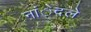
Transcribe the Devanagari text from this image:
नांेदले